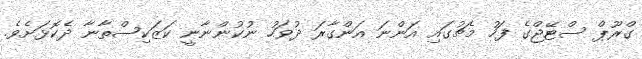
ގްރޫޕް ސްޓޭޖްގެ ފަހު މެޗުގައި އަންނަ އަންގާރަ ދުވަހު ނުކުންނާނީ ކަޒަކިސްތާނާ ދެކޮޅަށެވެ.